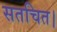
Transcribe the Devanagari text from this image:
सतचित।